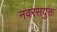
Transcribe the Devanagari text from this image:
नवरसयुक्त